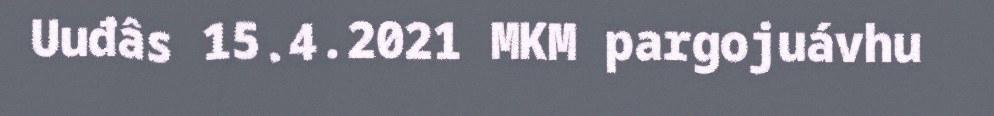
Uuđâs 15.4.2021 MKM pargojuávhu